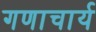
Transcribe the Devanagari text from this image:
गणाचार्य